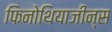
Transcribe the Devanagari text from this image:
फिनोथियाजीन्स